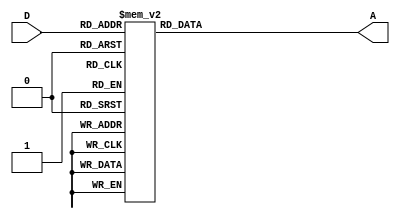
module Lab2_BCD_7segment_decoder_behavior(output reg [6:0]A,input [3:0]D);
	always@(A,D)
	    case(D)
		4'b0000: A=7'b0111111;
		4'b0001: A=7'b0000110;
		4'b0010: A=7'b1011011;
		4'b0011: A=7'b1001111;
		4'b0100: A=7'b1100110;
		4'b0101: A=7'b1101101;
		4'b0110: A=7'b1111101;
		4'b0111: A=7'b0000111;
		4'b1000: A=7'b1111111;
		4'b1001: A=7'b1101111;
		default: A=7'b0000000;
	    endcase
	    
endmodule